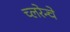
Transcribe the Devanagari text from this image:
च्लरेन्चे